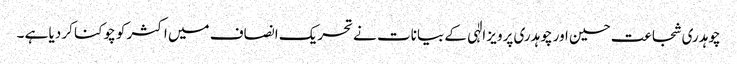
چوہدری شجاعت حسین اور چوہدری پرویز الٰہی کے بیانات نے تحریک انصاف میں اکثر کو چوکنا کر دیا ہے ۔